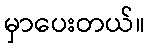
မှာပေးတယ်။